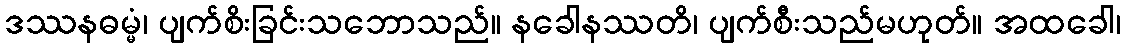
ဒဿနဓမ္မံ၊ ပျက်စိးခြင်းသဘောသည်။ နခေါနဿတိ၊ ပျက်စီးသည်မဟုတ်။ အထခေါ၊